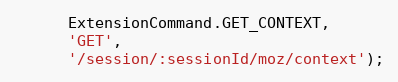
Language: JavaScript
      ExtensionCommand.GET_CONTEXT,
      'GET',
      '/session/:sessionId/moz/context');